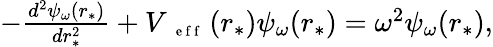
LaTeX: \begin{array}{r}{-\frac{d^{2}\psi_{\omega}(r_{*})}{dr_{*}^{2}}+V_{\mathrm{~{~\scriptsize~e~f~f~}~}}(r_{*})\psi_{\omega}(r_{*})=\omega^{2}\psi_{\omega}(r_{*}),}\end{array}